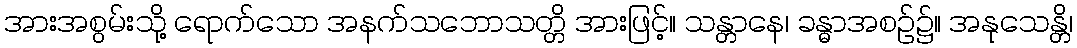
အားအစွမ်းသို့ ရောက်သော အနက်သဘောသတ္တိ အားဖြင့်။ သန္တာနေ၊ ခန္ဓာအစဉ်၌။ အနုသေန္တိ၊